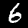
Digit: 6